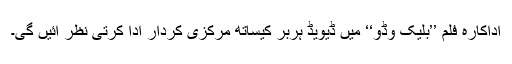
اداکارہ فلم ’’بلیک وڈو‘‘ میں ڈیویڈ ہربر کیساتھ مرکزی کردار ادا کرتی نظر آئیں گی۔